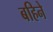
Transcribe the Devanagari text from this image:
बहिने